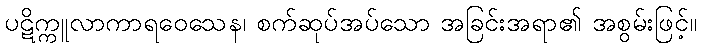
ပဋိက္ကူလာကာရဝေသေန၊ စက်ဆုပ်အပ်သော အခြင်းအရာ၏ အစွမ်းဖြင့်။